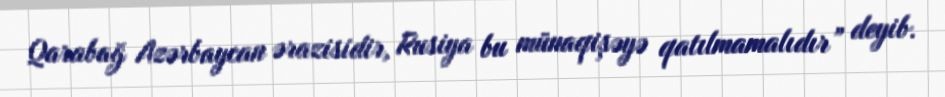
Qarabağ Azərbaycan ərazisidir, Rusiya bu münaqişəyə qatılmamalıdır” deyib.